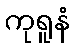
ကုရူနံ